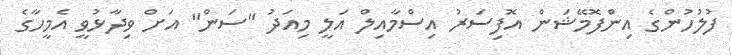
ފުލުހުންގެ އިންފޮމޭޝަން އޮފިސަރު އިސްމާއިލް އަލީ މިއަދު "ސަން" އަށް ވިދާޅުވީ އެމީހާގެ